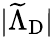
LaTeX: |\widetilde{\Lambda}_{\mathrm{{D}}}|